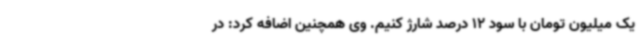
یک میلیون تومان با سود 12 درصد شارژ کنیم. وی همچنین اضافه کرد: در